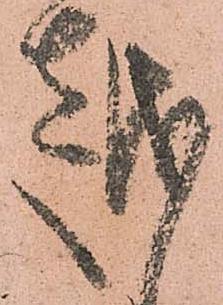
越